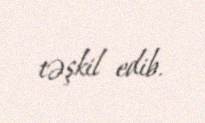
təşkil edib.